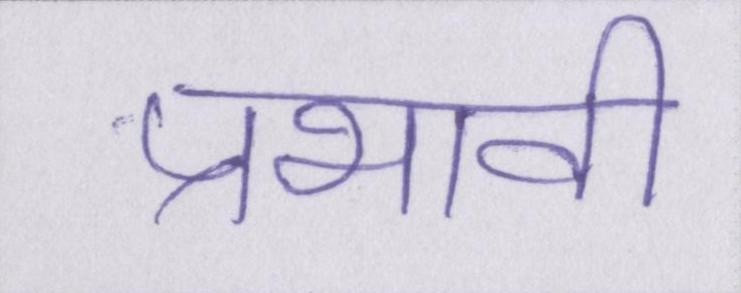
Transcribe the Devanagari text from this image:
प्रभावी